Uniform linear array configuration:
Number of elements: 32
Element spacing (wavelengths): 0.75
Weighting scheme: hamming
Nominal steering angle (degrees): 60
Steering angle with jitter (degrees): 60.284
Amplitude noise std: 0.05
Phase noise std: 0.05

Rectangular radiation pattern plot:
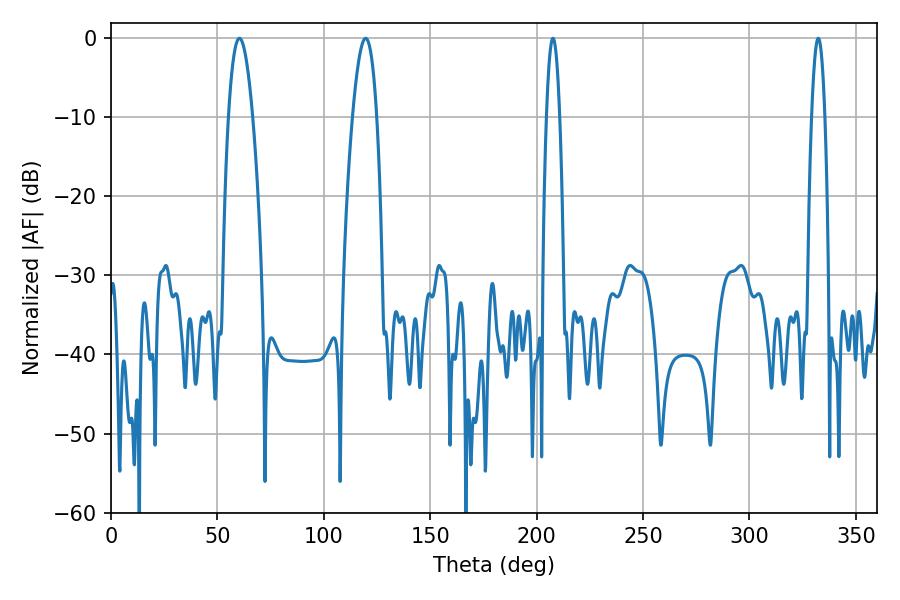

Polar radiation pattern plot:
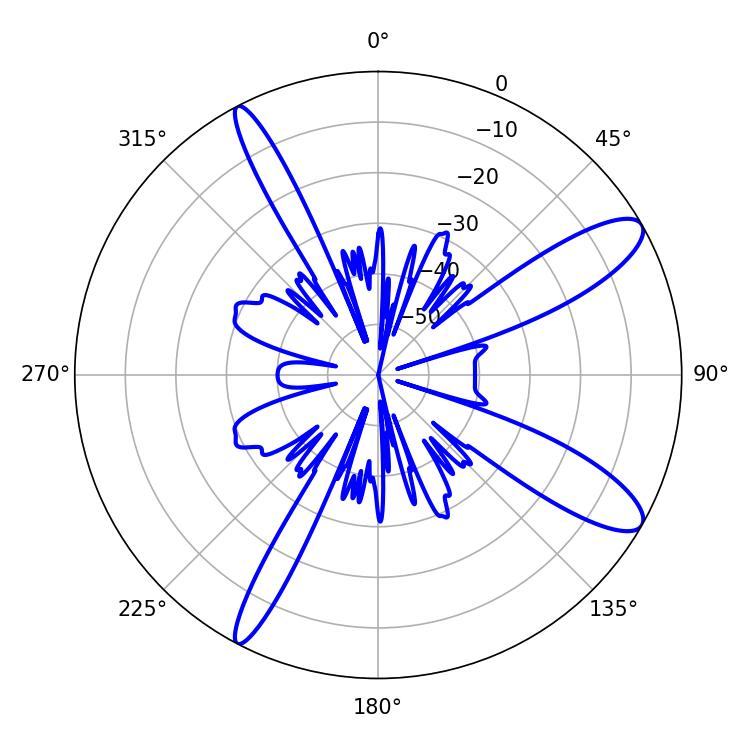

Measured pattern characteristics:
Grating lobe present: TRUE
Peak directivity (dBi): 11.418
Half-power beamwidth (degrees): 6.12
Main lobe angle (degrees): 60.3